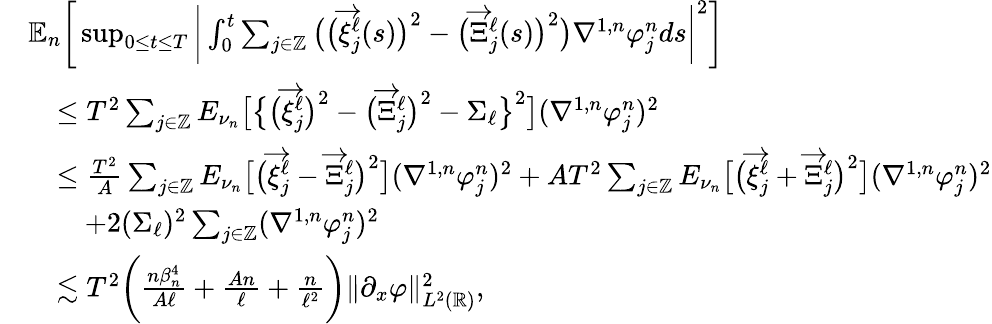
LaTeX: \begin{array}{rl}&{\mathbb{E}_{n}\bigg[\operatorname*{sup}_{0\le t\le T}\bigg|\int_{0}^{t}\sum_{j\in\mathbb{Z}}\big(\big(\overrightarrow{\xi}_{j}^{\ell}(s)\big)^{2}-\big(\overrightarrow{\Xi}_{j}^{\ell}(s)\big)^{2}\big)\nabla^{1,n}\varphi_{j}^{n}ds\bigg|^{2}\bigg]}\\ &{\quad\le T^{2}\sum_{j\in\mathbb{Z}}E_{\nu_{n}}\big[\big\{ \big(\overrightarrow{\xi}_{j}^{\ell}\big)^{2}-\big(\overrightarrow{\Xi}_{j}^{\ell}\big)^{2}-\Sigma_{\ell}\big\} ^{2}\big](\nabla^{1,n}\varphi_{j}^{n})^{2}}\\ &{\quad\le\frac{T^{2}}{A}\sum_{j\in\mathbb{Z}}E_{\nu_{n}}\big[\big(\overrightarrow{\xi}_{j}^{\ell}-\overrightarrow{\Xi}_{j}^{\ell}\big)^{2}\big](\nabla^{1,n}\varphi_{j}^{n})^{2}+AT^{2}\sum_{j\in\mathbb{Z}}E_{\nu_{n}}\big[\big(\overrightarrow{\xi}_{j}^{\ell}+\overrightarrow{\Xi}_{j}^{\ell}\big)^{2}\big](\nabla^{1,n}\varphi_{j}^{n})^{2}}\\ &{\qquad+2(\Sigma_{\ell})^{2}\sum_{j\in\mathbb{Z}}(\nabla^{1,n}\varphi_{j}^{n})^{2}}\\ &{\quad\lesssim T^{2}\bigg(\frac{n\beta_{n}^{4}}{A\ell}+\frac{An}{\ell}+\frac{n}{\ell^{2}}\bigg)\| \partial_{x}\varphi\| _{L^{2}(\mathbb{R})}^{2},}\end{array}